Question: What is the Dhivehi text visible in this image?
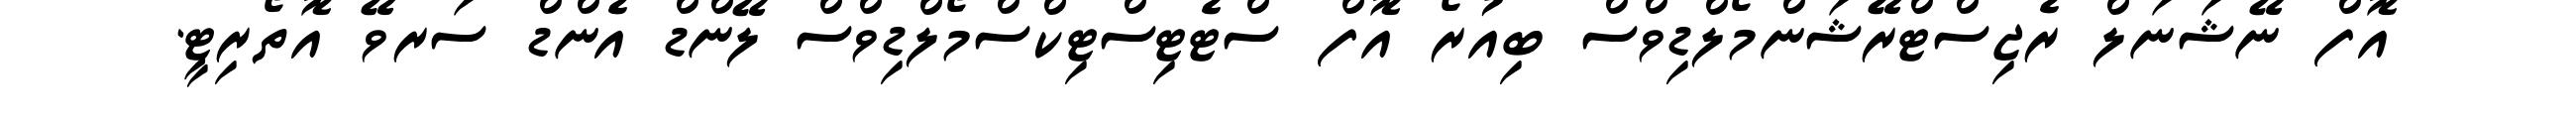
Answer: އޮފް ނޭޝަނަލް ރެޖިސްޓްރޭޝަންމޯލްޑިވްސް ބިއުރޯ އޮފް ސްޓެޓިސްޓިކްސްމޯލްޑިވްސް ލޭންޑް އެންޑް ސަރވޭ އޮތޯރިޓީ.